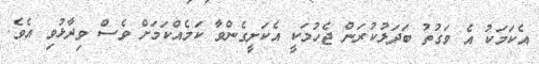
އެކަމަކު އެ ވަގުތު ބަދަލުކުރަން ޖެހުމަކީ އެކަށީގެންވާ ކަމެއްކަމަށް ވެސް ވިދާޅުވި އެވެ.